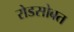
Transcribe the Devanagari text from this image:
रोडसोबत